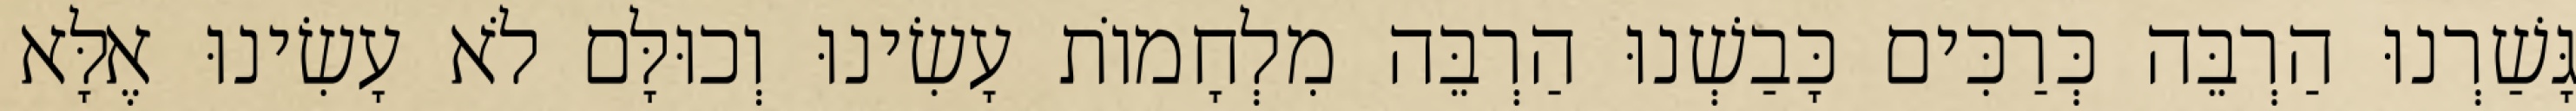
גָּשַׁרְנוּ הַרְבֵּה כְּרַכִּים כָּבַשְׁנוּ הַרְבֵּה מִלְחָמוֹת עָשִׂינוּ וְכוּלָּם לֹא עָשִׂינוּ אֶלָּא